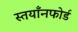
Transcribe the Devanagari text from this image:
स्तयाँनफोर्ड